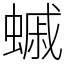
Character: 䗩